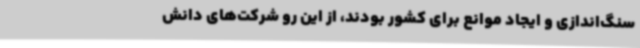
سنگ‌اندازی و ایجاد موانع برای کشور بودند، از این رو شرکت‌های دانش